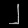
Digit: ၂